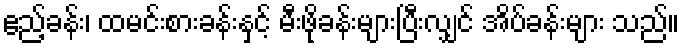
ဧည့်ခန်း၊ ထမင်းစားခန်းနှင့် မီးဖိုခန်းများပြီးလျှင် အိပ်ခန်းများ သည်။